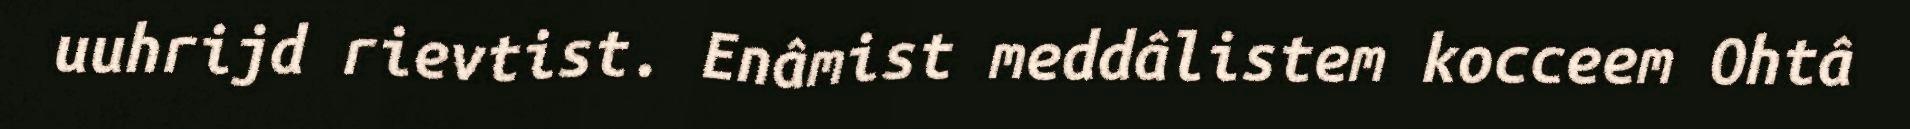
uuhrijd rievtist. Enâmist meddâlistem kocceem Ohtâ